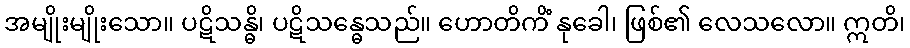
အမျိုးမျိုးသော။ ပဋိသန္ဓိ၊ ပဋိသန္ဓေသည်။ ဟောတိကိံ နုခေါ၊ ဖြစ်၏ လေသလော။ ဣတိ၊